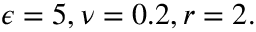
\epsilon = 5 , \nu = 0 . 2 , r = 2 .